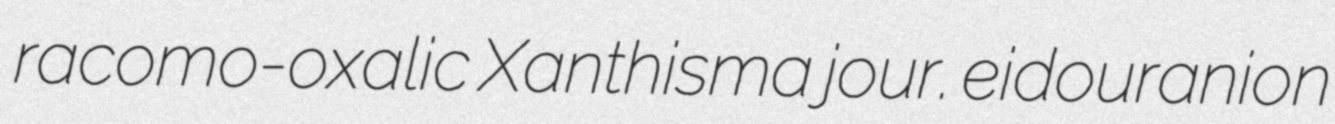
racomo-oxalic Xanthisma jour. eidouranion